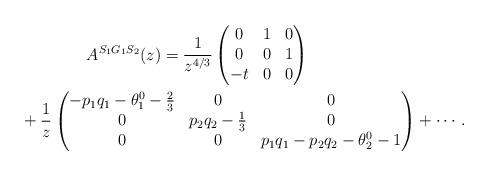
LaTeX: \begin{gather*}A^{S_1G_1S_2}(z)=\frac{1}{z^{4/3}} \begin{pmatrix} 0 & 1 & 0 \\ 0 & 0 & 1 \\ -t & 0 & 0 \end{pmatrix}\\ \hphantom{A^{S_1G_1S_2}(z)=}{}+\frac{1}{z} \begin{pmatrix} -p_1q_1-\theta^0_1-\frac{2}{3} & 0 & 0 \\ 0 & p_2q_2-\frac{1}{3} & 0 \\ 0 & 0 & p_1q_1-p_2q_2-\theta^0_2-1 \end{pmatrix}+\cdots.\end{gather*}